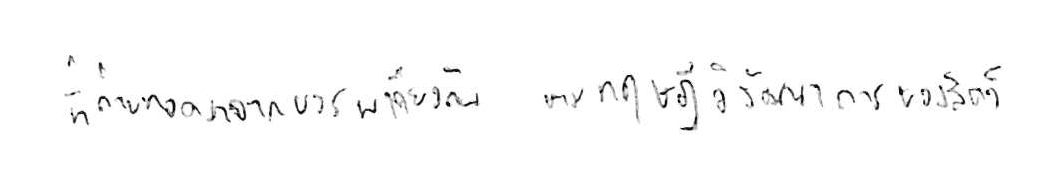
ที่ถ่ายทอดมาจากบรรพบุรุษเดียวกัน ตามทฤษฎีวิวัฒนาการของสัตว์